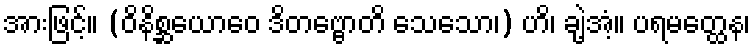
အားဖြင့်။ (ဝိနိစ္ဆယောဝေ ဒိတဗ္ဗောတိ သေသော၊) ဟိ၊ ချဲ့အံ့။ ပရမတ္ထေန၊